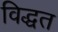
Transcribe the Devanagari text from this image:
विद्धत